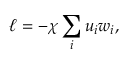
\ell = - \chi \sum _ { i } u _ { i } w _ { i } ,